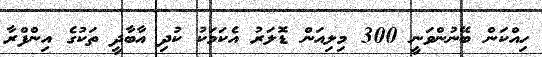
ހިއްކަން ބޭނުންވަނީ 300 މިިލިއަން ޑޮލަރު އެކަމަކު ކުދި އާބާދީ ތަކުގެ އިންފްރާ